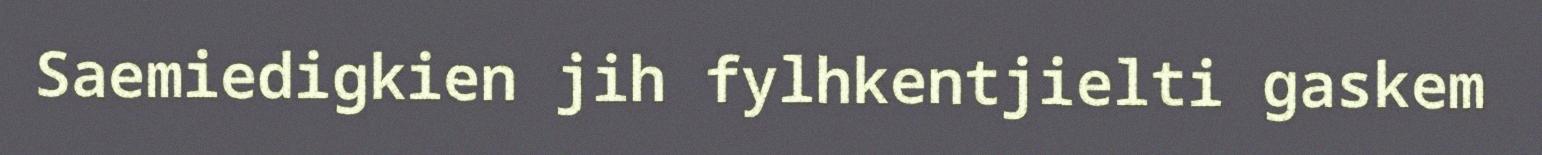
Saemiedigkien jih fylhkentjielti gaskem